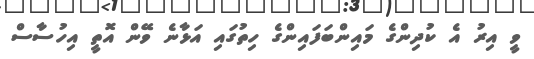
ވީ އިރު އެ ކުދިންގެ މައިންބަފައިންގެ ހިތުގައި އަޅާނެ ވޭން އޮތީ އިހުސާސް